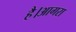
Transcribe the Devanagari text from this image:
है।आगरा